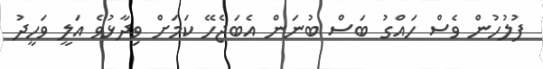
ފުލުހުން ވެސް ހައްގު ބަސް ބުނަން އެބަޖެހޭ ކަމަށް ވިދާޅުވެ އަލީ ވަހީދު